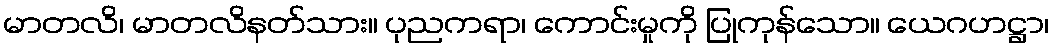
မာတလိ၊ မာတလိနတ်သား။ ပုညကရာ၊ ကောင်းမှုကို ပြုကုန်သော။ ယေဂဟဋ္ဌာ၊